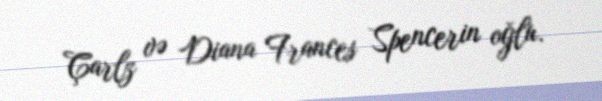
Çarlz və Diana Frances Spencerin oğlu.